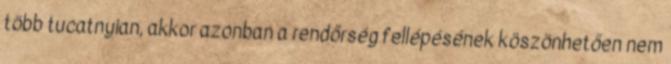
több tucatnyian, akkor azonban a rendőrség fellépésének köszönhetően nem